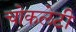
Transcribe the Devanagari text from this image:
चोकलेटी